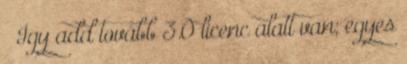
– Így add tovább 3.0 licenc alatt van; egyes